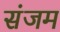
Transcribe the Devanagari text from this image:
संजम